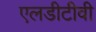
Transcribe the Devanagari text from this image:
एलडीटीवी